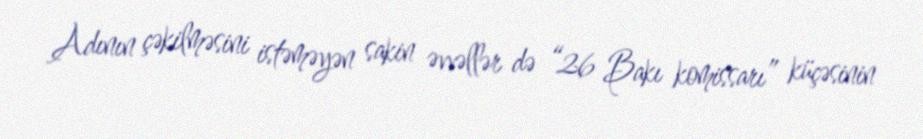
Adının çəkilməsini istəməyən sakin əvvəllər də “26 Bakı komissarı” küçəsinin